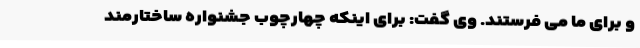
و برای ما می فرستند. وی گفت: برای اینکه چهارچوب جشنواره ساختارمند